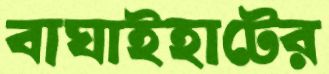
বাঘাইহাটের